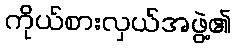
ကိုယ်စားလှယ်အဖွဲ့၏